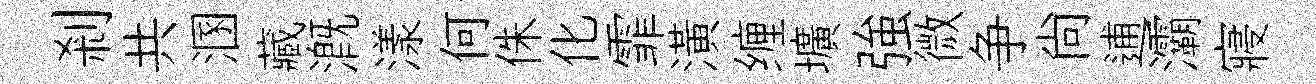
剎共溷藏溉漾何侏化霏潢缠壙強微争尙逋灞寢